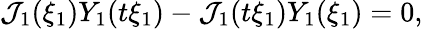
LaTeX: \mathcal{J}_{1}(\xi_{1})Y_{1}(t\xi_{1})-\mathcal{J}_{1}(t\xi_{1})Y_{1}(\xi_{1})=0,